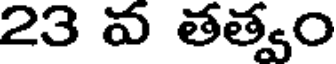
23 వ తత్వం